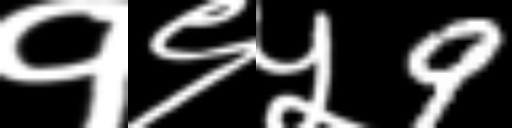
Text: १९५9